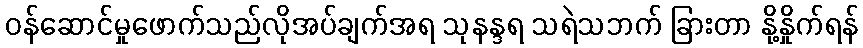
ဝန်ဆောင်မှုဖောက်သည်လိုအပ်ချက်အရ သုနန္ဒရ သရဲသဘက် ခြားတာ နို့နှိုက်ရန်